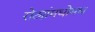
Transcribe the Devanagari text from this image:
रोट्यांमधोमध